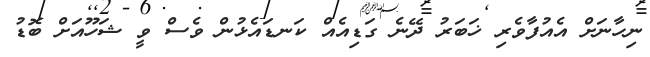
ނިހާނަށް އެއުފާވެރި ޚަބަރު ދޭނެ ގަޑިއެއް ކަނޑައެޅުން ވެސް ވީ ޝަހޫއަށް ބޮޑު